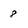
Character: 8